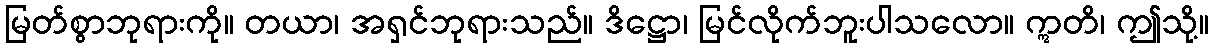
မြတ်စွာဘုရားကို။ တယာ၊ အရှင်ဘုရားသည်။ ဒိဋ္ဌော၊ မြင်လိုက်ဘူးပါသလော။ ဣတိ၊ ဤသို့။